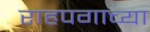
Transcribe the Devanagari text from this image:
राहपगाच्या